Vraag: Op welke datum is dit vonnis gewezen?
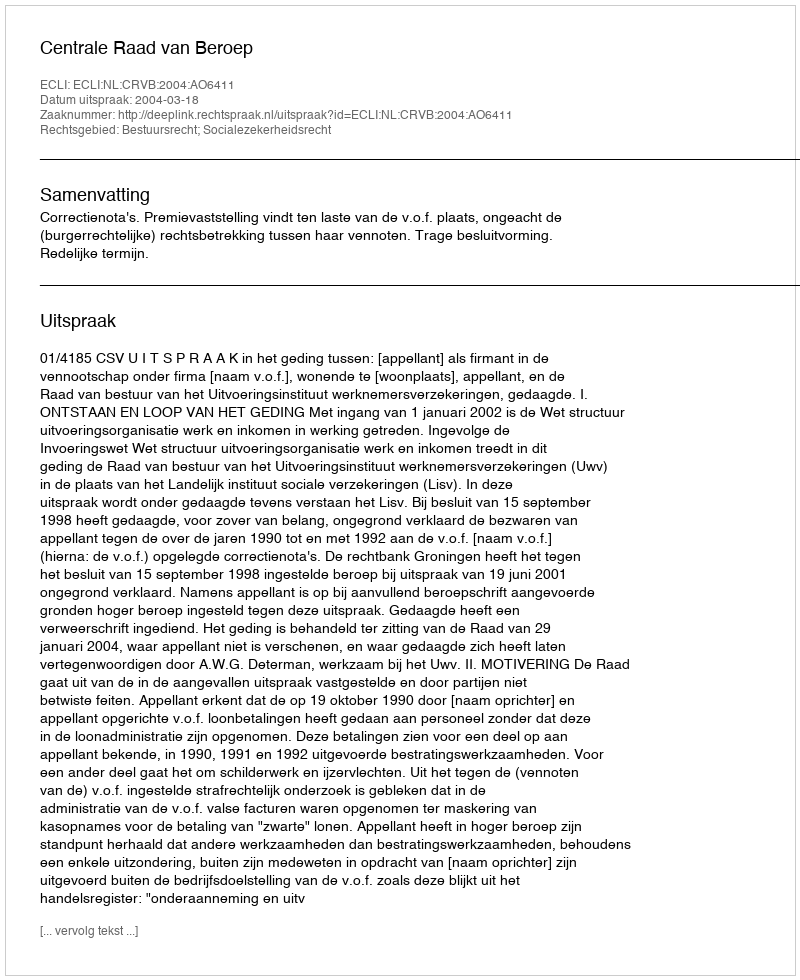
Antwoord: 2004-03-18